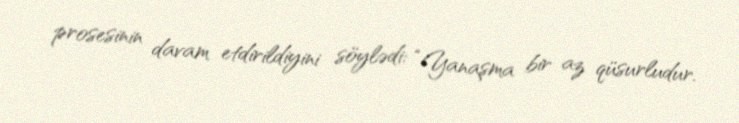
prosesinin davam etdirildiyini söylədi: “Yanaşma bir az qüsurludur.